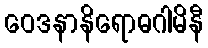
ဝေဒနာနိရောဓဂါမိနီ